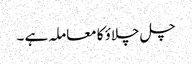
چل چلاؤ کا معاملہ ہے ۔